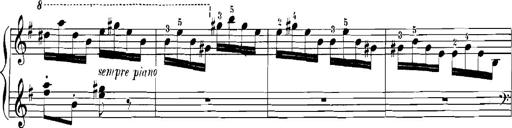
Title: Rhapsodies hongroises
Composer: Franz Liszt